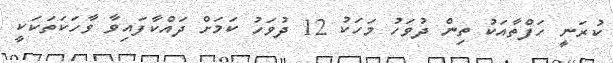
ކުރަނީ ހަފްތާއަކު ތިން ދުވަހު މަހަކު 12 ދުވަހު ކަމަށް ދައްކާފައިވާ ވާހަކަތަކަކީ